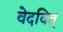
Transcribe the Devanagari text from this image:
वेदवित्